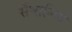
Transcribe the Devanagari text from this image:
सँभालिये